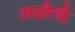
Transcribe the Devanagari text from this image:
अळीची